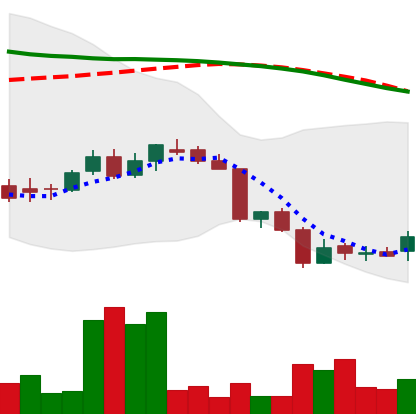
Ticker: DOGE-USD
Chart end date: 2018-06-18
Forward return: -12.752%
Label: down_7plus